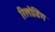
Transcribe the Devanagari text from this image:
रिलोडिंग